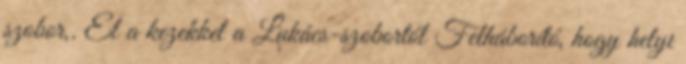
szobor,. El a kezekkel a Lukács-szobortól Felháborító, hogy helyi